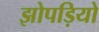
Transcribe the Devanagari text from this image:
झोपड़ियो